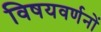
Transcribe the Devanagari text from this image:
विषयवर्णनों